Report of the veterinary officer investigating camel disease
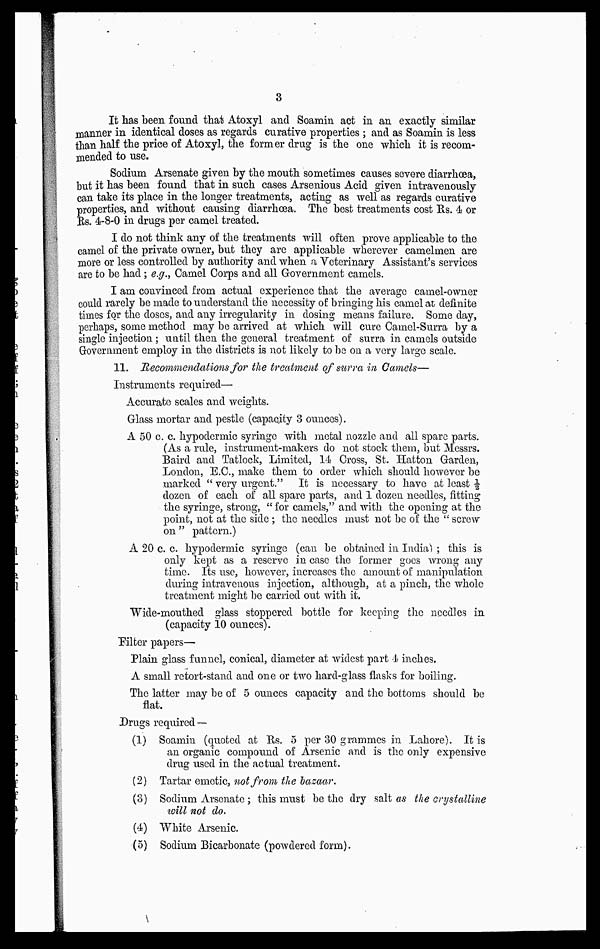
3
It has been found that Atoxyl and Soamin act in an exactly similar
manner in identical doses as regards curative properties ; and as Soamin is less
than half the price of Atoxyl, the former drug is the one which it is recom-
mended to use.
Sodium Arsenate given by the mouth sometimes causes severe diarrhoea,
but it has been found that in such cases Arsenious Acid given intravenously
can take its place in the longer treatments, acting as well as regards curative
properties, and without causing diarrhoea. The best treatments cost Us. 4 or
Rs. 4-8-0 in drugs per camel treated.
I do not think any of the treatments will often prove applicable to the
camel of the private owner, but they are applicable wherever camelmen are
more or less controlled by authority and when a Veterinary Assistant's services
are to be had ; e.g., Camel Corps and all Government camels.
I am convinced from actual experience that the average camel-owner
could rarely be made to understand the necessity of bringing his camel at definite
times for the doses, and any irregularity in dosing means failure. Some day,
perhaps, some method may be arrived at which will cure Camel-Surra by a
single injection ; until then the general treatment of surra in camels outside
Government employ in the districts is not likely to be on a very large scale.
11. Recommendations for the treatment of surra in Camels—
Instruments required—
Accurate scales and weights.
Glass mortar and pestle (capacity 3 ounces).
A 50 c. c. hypodermic syringe with metal nozzle and all spare parts.
(As a rule, instrument-makers do not stock them, but Messrs.
Baird and Tatlock, Limited, 14 Cross, St. Hatton Garden,
London, E.G., make them to order which should however be
marked " very urgent." It is necessary to have at least ½
dozen of each of all spare parts, and 1 dozen needles, fitting
the syringe, strong, " for camels," and with the opening at the
point, not at the side ; the needles must not be of the " screw
on " pattern.)
A 20 c. c. hypodermic syringe (can be obtained in India) ; this is
only kept as a reserve in case the former goes wrong any
time. Its use, however, increases the amount of manipulation
during intravenous injection, although, at a pinch, the whole
treatment might be carried out with it.
Wide-mouthed glass stoppered bottle for keeping the needles in
(capacity 10 ounces).
Filter papers—
Plain glass funnel, conical, diameter at widest part 4 inches.
A small retort-stand and one or two hard-glass flasks for boiling.
The latter may be of 5 ounces capacity and the bottoms should be
flat.
Drugs required —
(1) Soamin (quoted at Rs. 5 per 30 grammes in Lahore). It is
an organic compound of Arsenic and is the only expensive
drug used in the actual treatment.
(2) Tartar emetic, not from the bazaar.
(3) Sodium Arsenate ; this must be the dry salt as the crystalline
will not do.
(4) White Arsenic.
(5) Sodium Bicarbonate (powdered form).